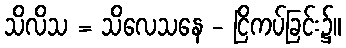
သိလိသ = သိလေသနေ - ငြိကပ်ခြင်း၌။